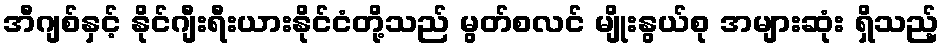
အီဂျစ်နှင့် နိုင်ဂျီးရီးယားနိုင်ငံတို့သည် မွတ်စလင် မျိုးနွယ်စု အများဆုံး ရှိသည့်